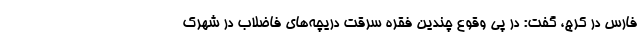
فارس در کرج، گفت: در پی وقوع چندین فقره سرقت دریچه‌های فاضلاب در شهرک